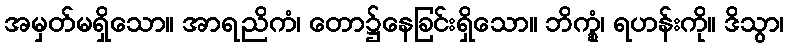
အမှတ်မရှိသော။ အာရညိကံ၊ တော၌နေခြင်းရှိသော။ ဘိက္ခုံ၊ ရဟန်းကို။ ဒိသွာ၊